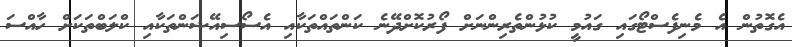
އެގޮތުން އެ މެނިފެސްޓޯގައި ގައުމީ ކުޅުންތެރިންނަށް ފޯރުކޮށްދޭނެ ކަންތައްތަކާއި އެސޯސިއޭޝަންތަކާއި ކްލަބްތަކަށް ހާއްސަ